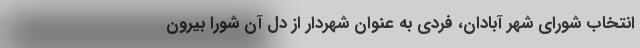
انتخاب شورای شهر آبادان، فردی به عنوان شهردار از دل آن شورا بیرون